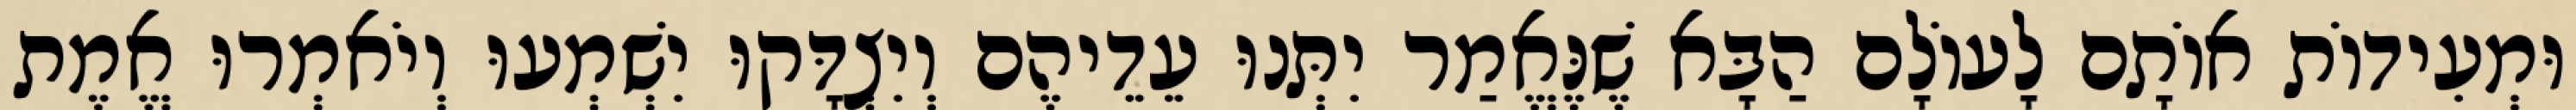
וּמְעִידוֹת אוֹתָם לָעוֹלָם הַבָּא שֶׁנֶּאֱמַר יִתְּנוּ עֵדֵיהֶם וְיִצְדָּקוּ יִשְׁמְעוּ וְיֹאמְרוּ אֱמֶת